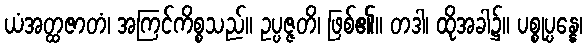
ယံအတ္ထဇာတံ၊ အကြင်ကိစ္စသည်။ ဥပ္ပဇ္ဇတိ၊ ဖြစ်၏။ တဒါ၊ ထိုအခါ၌။ ပစ္စုပ္ပန္နေ၊